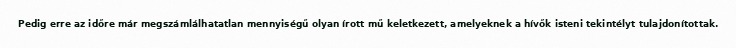
Pedig erre az időre már megszámlálhatatlan mennyiségű olyan írott mű keletkezett, amelyeknek a hívők isteni tekintélyt tulajdonítottak.